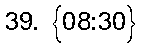
39. {08:30}